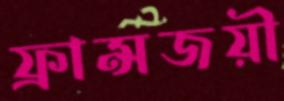
ফ্রান্সজয়ী